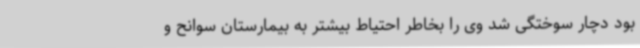
بود دچار سوختگی شد وی را بخاطر احتیاط بیشتر به بیمارستان سوانح و